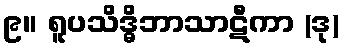
၉။ ရူပသိဒ္ဓိဘာသာဋီကာ (ဒု)